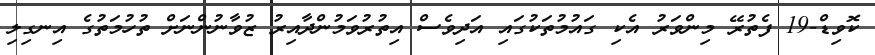
ކޮވިޑް-19 ފެތުރޭ މިންވަރު އެކި ގައުމުތަކުގައި އަދިވެސް އިތުރުވަމުންދާއިރު ޒުވާނުންނަށް ތުހުމަތުގެ އިނގިލި